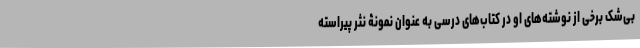
بی‌شک برخی از نوشته‌های او در کتاب‌های درسی به عنوان نمونۀ نثر پیراسته